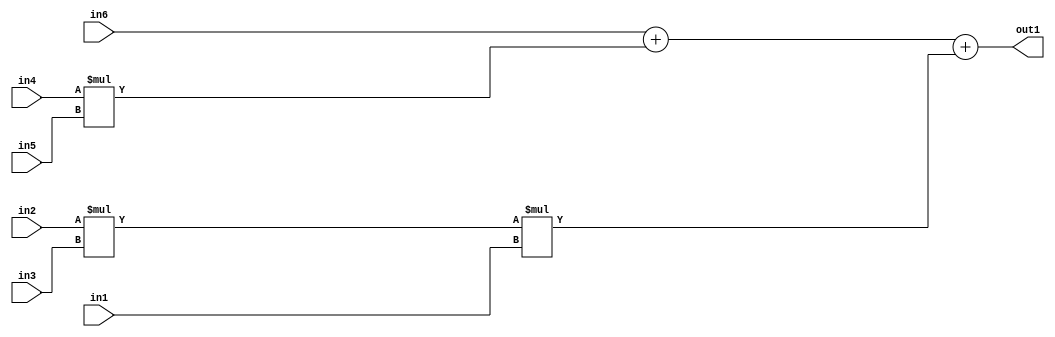
`timescale 1ps / 1ps
/*****************************************************************************
    Verilog RTL Description
    
    
    Created by: Stratus DpOpt 2019.1.01 
*******************************************************************************/

module st_weight_addr_gen_Add3Mul3u16u16u16Mul2u16u16u16_4_6 (
	in6,
	in5,
	in4,
	in3,
	in2,
	in1,
	out1
	); /* architecture "behavioural" */ 
input [15:0] in6,
	in5,
	in4,
	in3,
	in2,
	in1;
output [31:0] out1;
wire [31:0] asc001,
	asc002;

assign asc002 = 
	+(in2 * in3);

wire [31:0] asc001_tmp_0;
wire [31:0] asc001_tmp_1;
assign asc001_tmp_1 = 
	+(in6);
assign asc001_tmp_0 = asc001_tmp_1
	+(in4 * in5);
assign asc001 = asc001_tmp_0
	+(asc002 * in1);

assign out1 = asc001;
endmodule

/* CADENCE  v7T4Sw8= : u9/ySgnWtBlWxVPRXgAZ4Og= ** DO NOT EDIT THIS LINE ******/